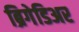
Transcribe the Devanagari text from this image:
ब्रिगेडिअर